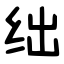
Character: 绌